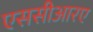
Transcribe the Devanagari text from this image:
एससीआरए